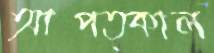
আপত্কাল